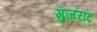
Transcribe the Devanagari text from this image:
गुजराट